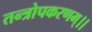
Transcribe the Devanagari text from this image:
तन्त्रोपकरणम्।।